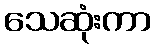
သေဆုံးကာ